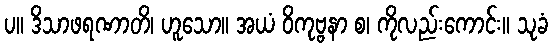
ပ။ ဒိသာဖရဏာတိ၊ ဟူသော။ အယံ ဝိကုဗ္ဗနာ စ၊ ကိုလည်းကောင်း။ သုခံ